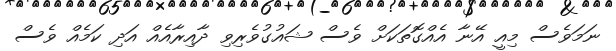
ނަމަވެސް މިއީ އޭނާ އެއްގޮތަކަށް ވެސް ޝައުގުވެރިވި ދާއިރާއެއް އަދި ކަމެއް ވެސް